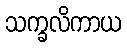
သက္ခလိကာယ